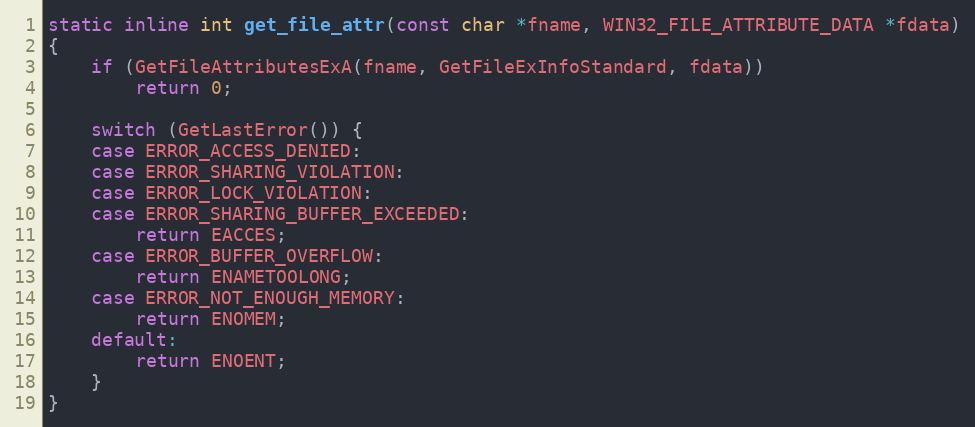
Language: C
static inline int get_file_attr(const char *fname, WIN32_FILE_ATTRIBUTE_DATA *fdata)
{
	if (GetFileAttributesExA(fname, GetFileExInfoStandard, fdata))
		return 0;

	switch (GetLastError()) {
	case ERROR_ACCESS_DENIED:
	case ERROR_SHARING_VIOLATION:
	case ERROR_LOCK_VIOLATION:
	case ERROR_SHARING_BUFFER_EXCEEDED:
		return EACCES;
	case ERROR_BUFFER_OVERFLOW:
		return ENAMETOOLONG;
	case ERROR_NOT_ENOUGH_MEMORY:
		return ENOMEM;
	default:
		return ENOENT;
	}
}